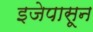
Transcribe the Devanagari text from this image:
इजेपासून